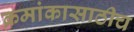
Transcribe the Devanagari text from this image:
क्रमांकासाठीच